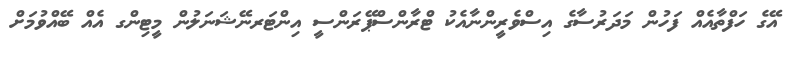
އޭގެ ހަފްތާއެއް ފަހުން މަދަރުސާގެ އިސްވެރީންނާއެކު ޓްރާންސްޕޭރަންސީ އިންޓަރނޭޝަނަލުން މީޓިންގ އެއް ބޭއްވުމަށް